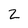
Character: 2